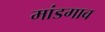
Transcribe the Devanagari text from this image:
मांडगाव